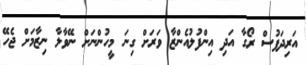
އަރިދަފުސް ރޯގާ އަދި އިންފުލުއެންޒާ ވަރަށް ގިނަ މީހުންނަށް ނޭވާލާ ނިޒާމަށް ޖެހޭ